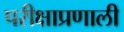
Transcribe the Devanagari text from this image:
परीक्षाप्रणाली